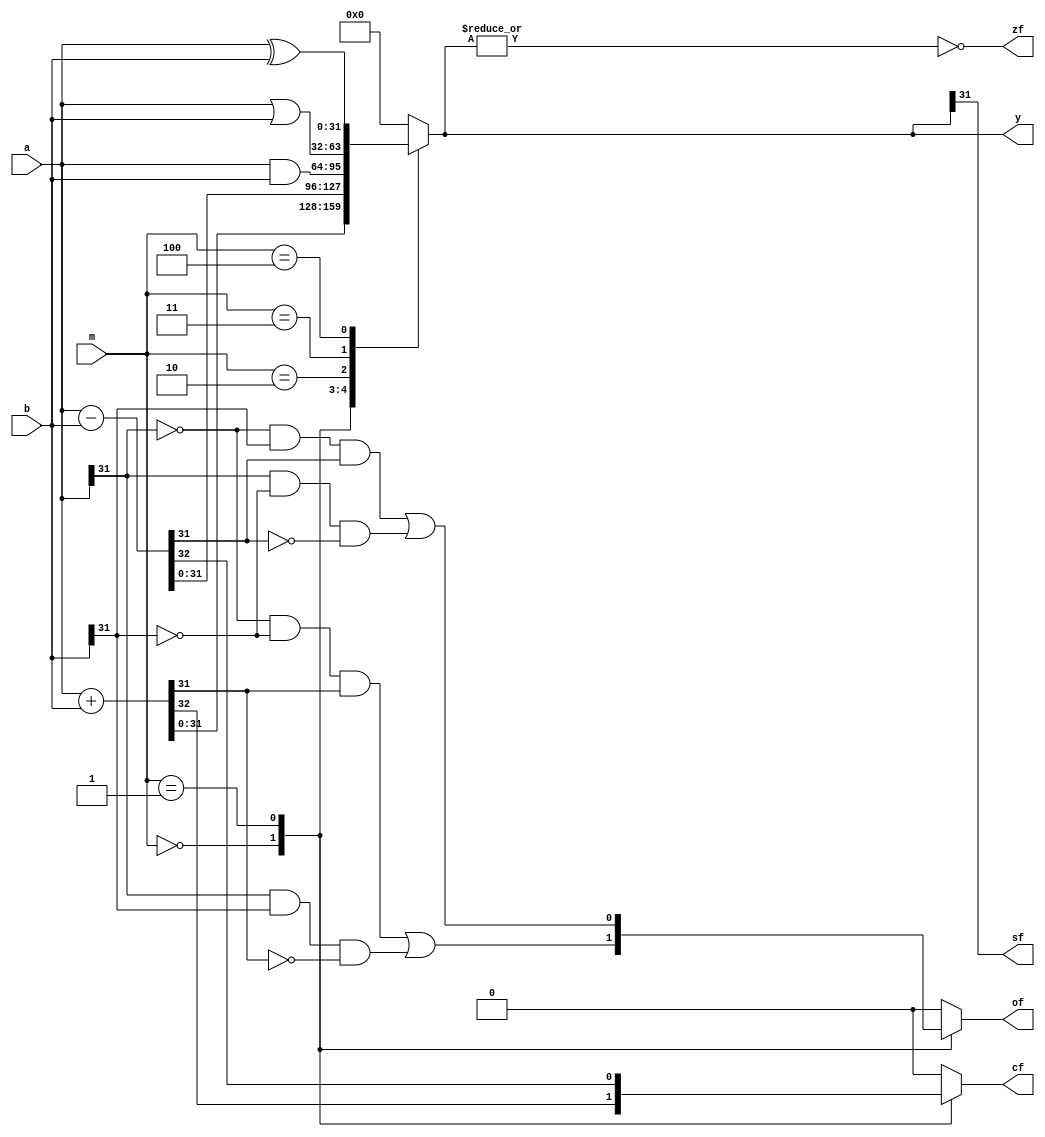
`timescale 1ns / 1ps

module ALU  
    #(parameter WIDTH = 32, //
    ADD=3'b000,
    SUB=3'b001,
    AND=3'b010,
    OR=3'b011,
    XOR=3'b100
    ) 	
    (output reg [WIDTH-1:0] y, 		//
    output reg zf, 					//
    output reg cf, 					///
    output reg of, 					//
    output reg sf,                 //
    input [WIDTH-1:0] a, b,		//
    input [2:0] m						//
    );

always@(*) begin
    y=32'h0;
    {zf,cf,of}=3'h0;
    case(m)
        ADD: begin 
            {cf,y}=a+b;
            of = (~a[WIDTH-1] & ~b[WIDTH-1] & y[WIDTH-1]) | (a[WIDTH-1] & b[WIDTH-1] & ~y[WIDTH-1]);
            end
        SUB: begin
            {cf,y}=a-b;
            of = (~a[WIDTH-1] & b[WIDTH-1] & y[WIDTH-1]) | (a[WIDTH-1] & ~b[WIDTH-1] & ~y[WIDTH-1]) ;            
            end
        AND: begin
            y=a&b;
            end
        OR: begin
            y=a|b;
            end
        XOR: begin
            y=a^b;
            end
    endcase
    zf=~|y;
    sf=y[WIDTH-1];
end

endmodule